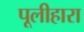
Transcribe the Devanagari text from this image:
पूलीहारा